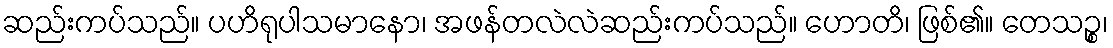
ဆည်းကပ်သည်။ ပဟိရုပါသမာနော၊ အဖန်တလဲလဲဆည်းကပ်သည်။ ဟောတိ၊ ဖြစ်၏။ တေသဉ္စ၊